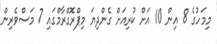
މިމަހުގެ 8 އިން 10 އަށް ކުރިއަށް ގެންދިޔަ މިޕްރޮގްރާމްގައި 7 މަސްވެރިން